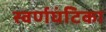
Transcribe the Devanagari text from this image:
स्वर्णघंटिका